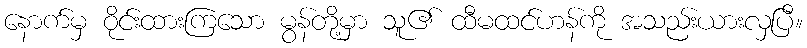
နောက်မှ ဝိုင်းထားကြသော မွန်တို့မှာ သူ၏ ထီမထင်ဟန်ကို အသည်းယားလှပြီ။